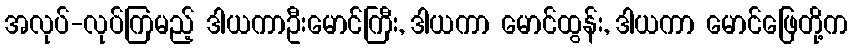
အလုပ်-လုပ်ကြမည့် ဒါယကာဦးမောင်ကြီး, ဒါယကာ မောင်ထွန်း, ဒါယကာ မောင်ဖြေတို့က